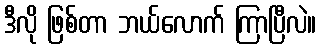
ဒီလို ဖြစ်တာ ဘယ်လောက် ကြာပြီလဲ။